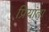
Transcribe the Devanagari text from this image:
प्रियांता